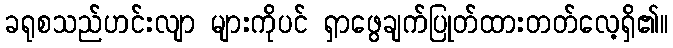
ခရုစသည်ဟင်းလျာ များကိုပင် ရှာဖွေချက်ပြုတ်ထားတတ်လေ့ရှိ၏။